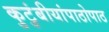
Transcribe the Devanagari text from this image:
कुटुंबीयांपाठोपाठ